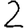
Digit: 2